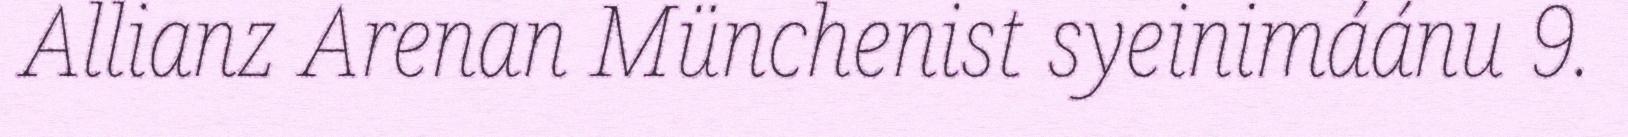
Allianz Arenan Münchenist syeinimáánu 9.